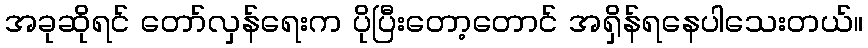
အခုဆိုရင် တော်လှန်ရေးက ပိုပြီးတော့တောင် အရှိန်ရနေပါသေးတယ်။